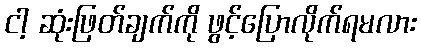
ငါ့ ဆုံးဖြတ်ချက်ကို ဖွင့်ပြောလိုက်ရမလား